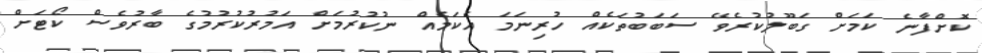
ކޮށްފާނެ ކަމަށް ގަބޫލުކުރެވޭ ސަބަބުތަކެއް ހުރިނަމަ އެކަމެއް ނުކުރުމަށް އަމުރުކުރުމުގެ ބާރުވެސް ކޯޓަށް